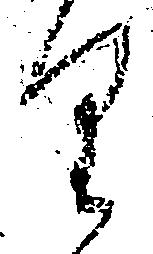
り